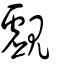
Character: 覷